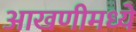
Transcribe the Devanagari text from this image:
आखणीमध्ये